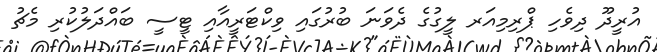
އުރީދޫ ދިވެހި ޕްރިމިއަރ ލީގުގެ ދެވަނަ ބުރުގައި ވިކްޓަރީއާއި ޓީސީ ބައްދަލުކުރި މެޗު